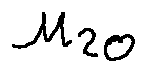
u _ { 2 0 }